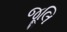
જૂલિ